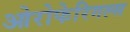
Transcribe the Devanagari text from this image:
ओरोफेरिगल्स